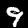
Label: 9